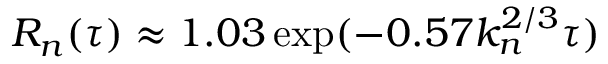
R _ { n } ( \tau ) \approx 1 . 0 3 \exp ( - 0 . 5 7 k _ { n } ^ { 2 / 3 } \tau )